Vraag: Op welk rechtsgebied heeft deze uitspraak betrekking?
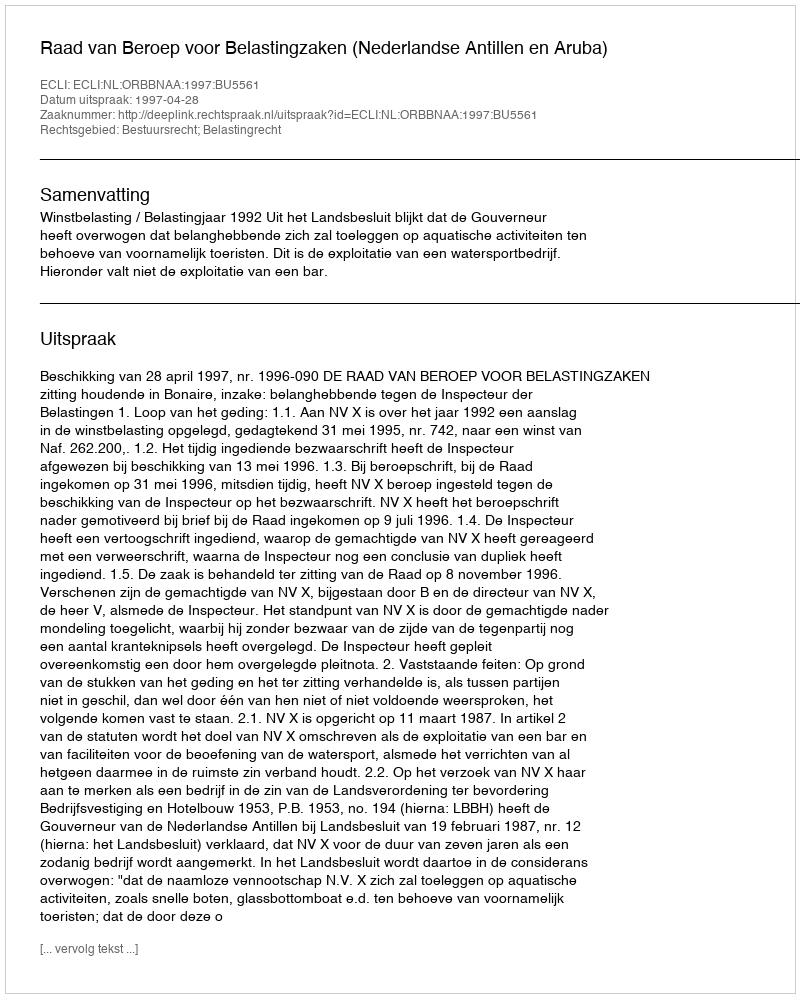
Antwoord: Bestuursrecht; Belastingrecht